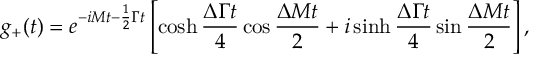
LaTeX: g _ { + } ( t ) = e ^ { - i M t - \frac { 1 } { 2 } \Gamma t } \left[ \cosh \frac { \Delta \Gamma t } { 4 } \cos \frac { \Delta M t } { 2 } + i \sinh \frac { \Delta \Gamma t } { 4 } \sin \frac { \Delta M t } { 2 } \right] ,